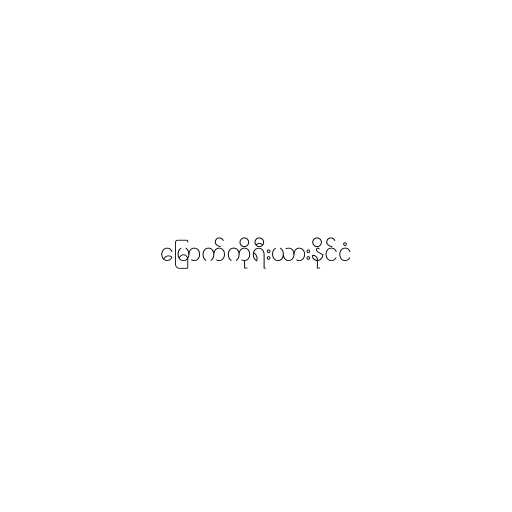
မြောက်ကိုရီးယားနိုင်ငံ